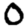
Digit: 0